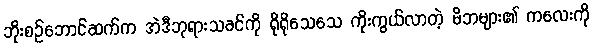
ဘိုးစဉ်ဘောင်ဆက်က အဲဒီဘုရားသခင်ကို ရိုရိုသေသေ ကိုးကွယ်လာတဲ့ မိဘများ၏ ကလေးကို